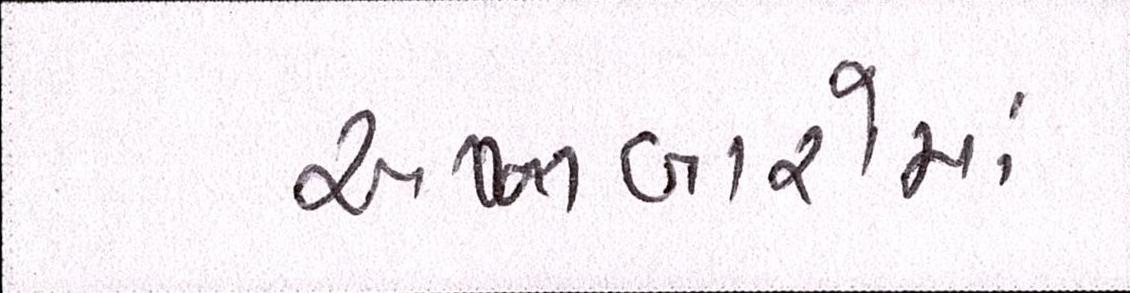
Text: અખબારોમાં